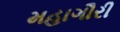
મહાગૌરી